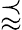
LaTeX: \precapprox